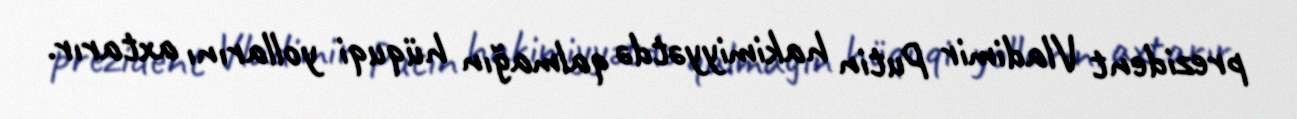
prezident Vladimir Putin hakimiyyətdə qalmağın hüquqi yollarını axtarır.